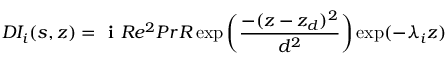
D I _ { i } ( s , z ) = \textbf { i } R e ^ { 2 } P r R \exp \bigg ( \displaystyle \frac { - ( z - z _ { d } ) ^ { 2 } } { d ^ { 2 } } \bigg ) \exp ( - \lambda _ { i } z )